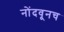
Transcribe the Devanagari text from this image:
नोंदवूनच